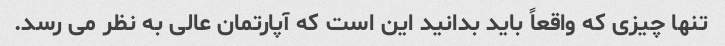
تنها چیزی که واقعاً باید بدانید این است که آپارتمان عالی به نظر می رسد.